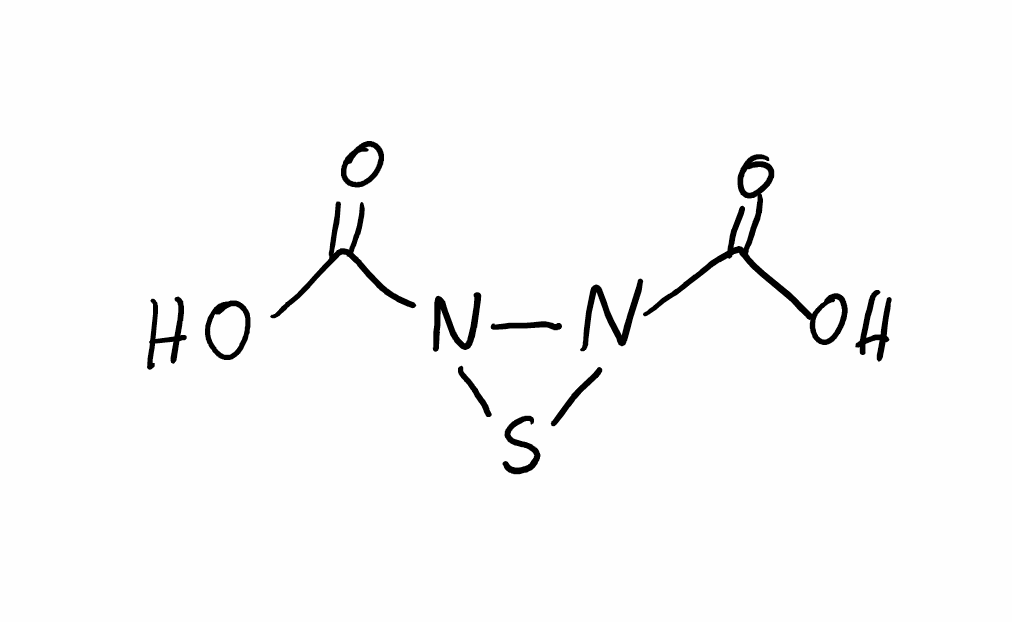
Simplified molecular-input line-entry system (SMILES) notation of the given molecule:
C(=O)(N1N(S1)C(=O)O)O